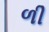
ળી